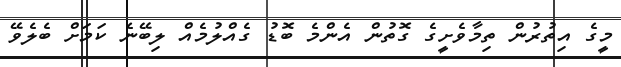
މީގެ އިތުރުން ތިމާވެށީގެ ގޮތުން އެންމެ ބޮޑު ގެއްލުމެއް ލިބޭނެ ކަމަށް ބެލެވޭ